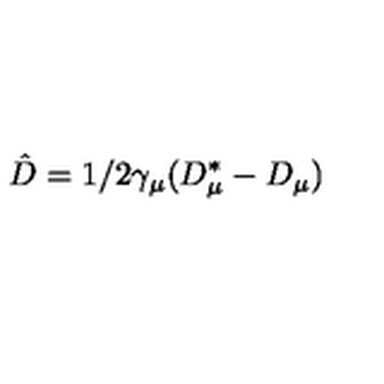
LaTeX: \hat { D } = 1 / 2 \gamma _ { \mu } ( D _ { \mu } ^ { * } - D _ { \mu } )